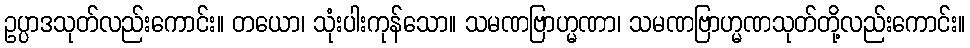
ဥပ္ပာဒသုတ်လည်းကောင်း။ တယော၊ သုံးပါးကုန်သော။ သမဏဗြာဟ္မဏာ၊ သမဏဗြာဟ္မဏသုတ်တို့လည်းကောင်း။